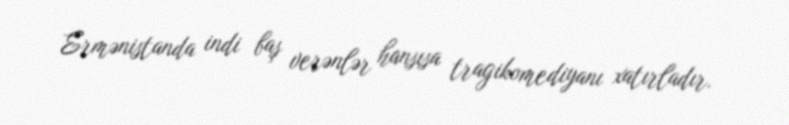
Ermənistanda indi baş verənlər hansısa tragikomediyanı xatırladır.